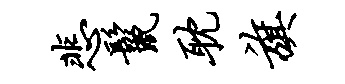
悲鬣耽旗